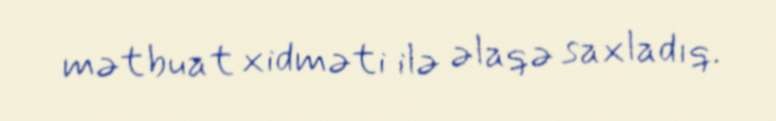
mətbuat xidməti ilə əlaqə saxladıq.